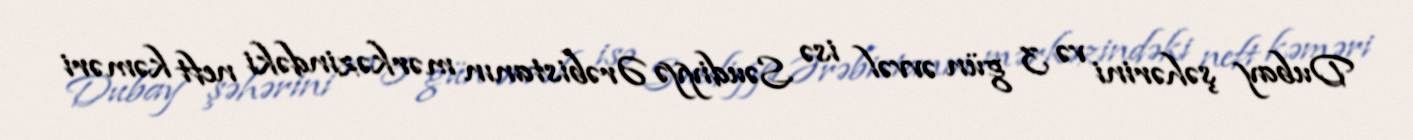
Dubay şəhərini və 3 gün əvvəl isə Səudiyyə Ərəbistanın mərkəzindəki neft kəməri